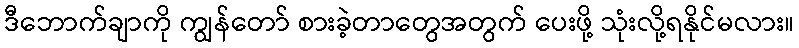
ဒီဘောက်ချာကို ကျွန်တော် စားခဲ့တာတွေအတွက် ပေးဖို့ သုံးလို့ရနိုင်မလား။